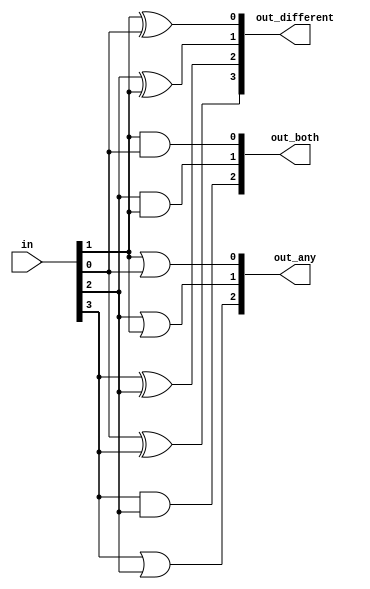
module top_module( 
    input [3:0] in,
    output [2:0] out_both,
    output [3:1] out_any,
    output [3:0] out_different );
    
    assign out_both = {in[3]&in[2],in[2]&in[1],in[1]&in[0]};
    assign out_any = {in[3]|in[2],in[2]|in[1],in[1]|in[0]};
    assign out_different = {in[0]^in[3],in[3]^in[2],in[2]^in[1],in[1]^in[0]};
    
    /*
    // Use bitwise operators and part-select to do the entire calculation in one line of code
	// in[3:1] is this vector:   					 in[3]  in[2]  in[1]
	// in[2:0] is this vector:   					 in[2]  in[1]  in[0]
	// Bitwise-OR produces a 3 bit vector.			   |      |      |
	// Assign this 3-bit result to out_any[3:1]:	o_a[3] o_a[2] o_a[1]

	// Thus, each output bit is the OR of the input bit and its neighbour to the right:
	// e.g., out_any[1] = in[1] | in[0];	
	// Notice how this works even for long vectors.
	assign out_any = in[3:1] | in[2:0];

	assign out_both = in[2:0] & in[3:1];
	
	// XOR 'in' with a vector that is 'in' rotated to the right by 1 position: {in[0], in[3:1]}
	// The rotation is accomplished by using part selects[] and the concatenation operator{}.
	assign out_different = in ^ {in[0], in[3:1]};
    */


endmodule